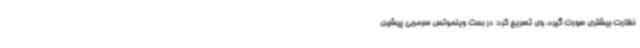
نظارت بیشتری صورت گیرد. وی تصریح کرد: در بحث ویلموتس سرمربی پیشین